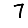
Digit: 7